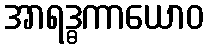
အာရဒ္ဓကာယောဝ